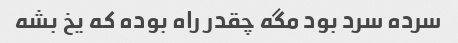
سرده سرد بود مگه چقدر راه بوده که یخ بشه